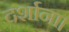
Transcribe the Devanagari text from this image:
दर्शाना।